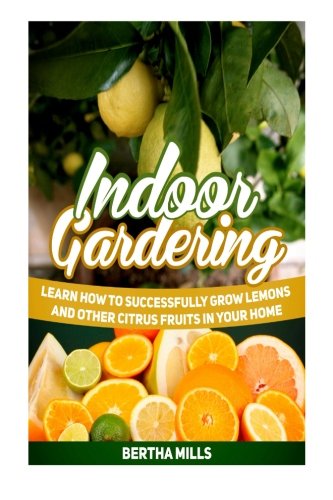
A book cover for Indoor Gardening: Learn How to Successfully Grow Lemons and Other Citrus Fruits in Your Home (indoor gardening, indoor herb gardens, indoor vegetable garden); Bertha Mills; Crafts, Hobbies & Home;